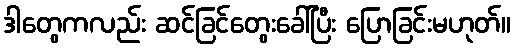
ဒါတွေကလည်း ဆင်ခြင်တွေးခေါ်ပြီး ပြောခြင်းမဟုတ်။